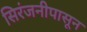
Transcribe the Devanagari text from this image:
सिरंजनीपासून